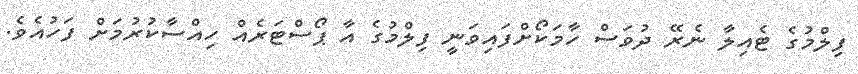
ފިލްމުގެ ޓެއިލާ ނެރޭ ދުވަސް ހާމަކޯށްފައިވަނީ ފިލްމުގެ އާ ޕޯސްޓަރެއް ހިއްސާކުރުމަށް ފަހުއެވެ.